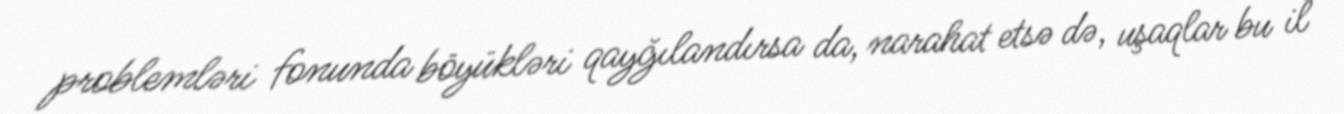
problemləri fonunda böyükləri qayğılandırsa da, narahat etsə də, uşaqlar bu il